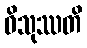
ဝိသုဿတိ